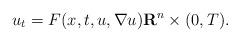
LaTeX: \begin{align*} u_t =F(x,t,u,\nabla u) \mathbf{R}^n \times (0,T).\end{align*}